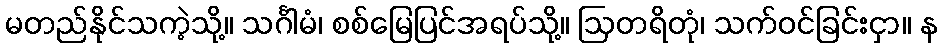
မတည်နိုင်သကဲ့သို့။ သင်္ဂါမံ၊ စစ်မြေပြင်အရပ်သို့။ ဩတရိတုံ၊ သက်ဝင်ခြင်းငှာ။ န